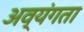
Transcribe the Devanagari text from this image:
अव्यंगता